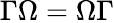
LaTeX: \Gamma\Omega=\Omega\Gamma